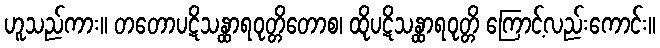
ဟူသည်ကား။ တတောပဋိသန္ထာရဝုတ္တိတောစ၊ ထိုပဋိသန္ထာရဝုတ္တိ ကြောင့်လည်းကောင်း။